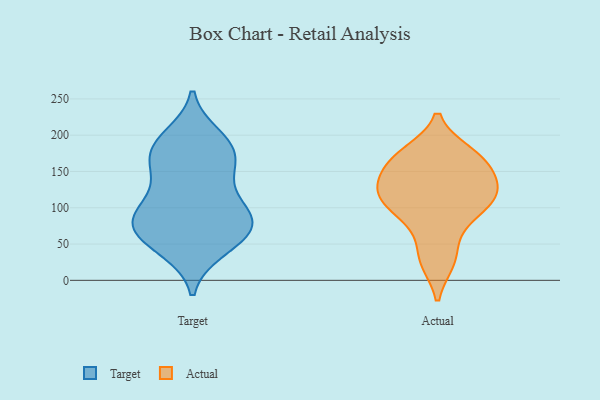
{"axis": {"x": "Humidity (%)", "y": "Value"}, "legend": ["Actual", "Target"], "data": [{"x": "", "y": 42, "type": "Target"}, {"x": "", "y": 94, "type": "Target"}, {"x": "", "y": 91, "type": "Target"}, {"x": "", "y": 181, "type": "Target"}, {"x": "", "y": 159, "type": "Target"}, {"x": "", "y": 134, "type": "Target"}, {"x": "", "y": 69, "type": "Target"}, {"x": "", "y": 198, "type": "Target"}, {"x": "", "y": 44, "type": "Target"}, {"x": "", "y": 58, "type": "Target"}, {"x": "", "y": 186, "type": "Target"}, {"x": "", "y": 190, "type": "Target"}, {"x": "", "y": 166, "type": "Target"}, {"x": "", "y": 87, "type": "Target"}, {"x": "", "y": 84, "type": "Target"}, {"x": "", "y": 76, "type": "Target"}, {"x": "", "y": 106, "type": "Target"}, {"x": "", "y": 148, "type": "Target"}, {"x": "", "y": 68, "type": "Target"}, {"x": "", "y": 174, "type": "Actual"}, {"x": "", "y": 162, "type": "Actual"}, {"x": "", "y": 176, "type": "Actual"}, {"x": "", "y": 171, "type": "Actual"}, {"x": "", "y": 123, "type": "Actual"}, {"x": "", "y": 150, "type": "Actual"}, {"x": "", "y": 135, "type": "Actual"}, {"x": "", "y": 119, "type": "Actual"}, {"x": "", "y": 26, "type": "Actual"}, {"x": "", "y": 65, "type": "Actual"}, {"x": "", "y": 105, "type": "Actual"}, {"x": "", "y": 91, "type": "Actual"}, {"x": "", "y": 102, "type": "Actual"}, {"x": "", "y": 28, "type": "Actual"}, {"x": "", "y": 113, "type": "Actual"}, {"x": "", "y": 136, "type": "Actual"}]}